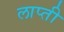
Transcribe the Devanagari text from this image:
लाप्ती